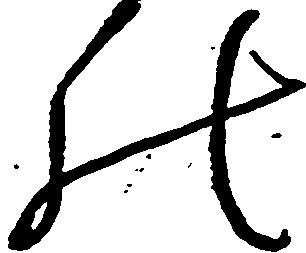
の